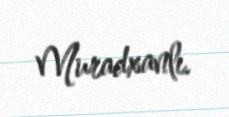
Muradxanlı.